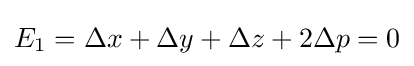
E_{1}=\Delta x+\Delta y+\Delta z+2\Delta p=0